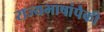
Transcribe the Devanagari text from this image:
राज्यभाषांपैकी